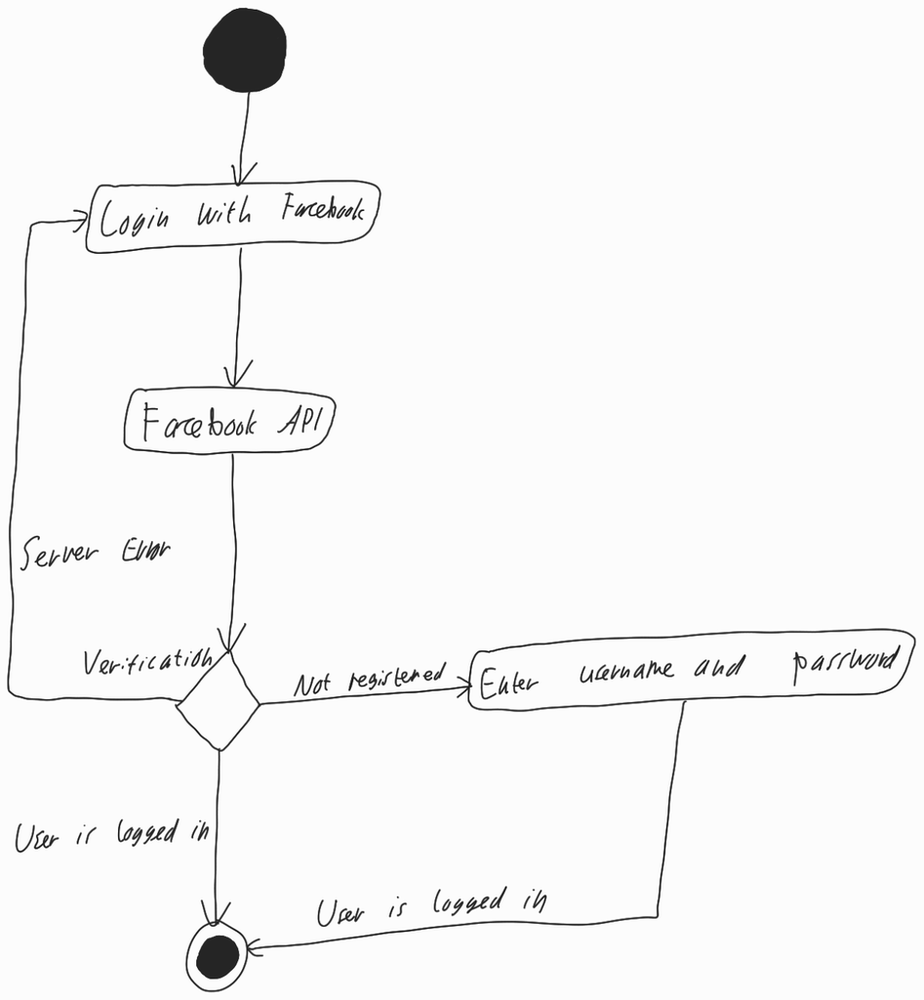
Diagram type: activity_diagram
```plantuml
@startuml

start

repeat:Login with Facebook;
  :Facebook API;
repeat while (Verification) is (Server Error)

if () then (Not registered)
  :Enter username and password;
  -> User is logged in;
else (User is logged in)
endif

stop

@enduml
```